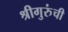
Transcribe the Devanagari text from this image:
श्रीगुरुंंची